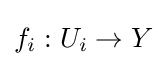
f_{i}:U_{i}\to Y